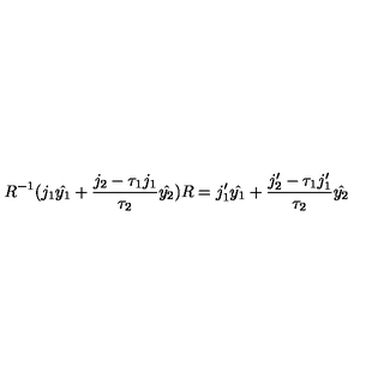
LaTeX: R ^ { - 1 } ( j _ { 1 } \hat { y _ { 1 } } + \frac { j _ { 2 } - \tau _ { 1 } j _ { 1 } } { \tau _ { 2 } } \hat { y _ { 2 } } ) R = j _ { 1 } ^ { \prime } \hat { y _ { 1 } } + \frac { j _ { 2 } ^ { \prime } - \tau _ { 1 } j _ { 1 } ^ { \prime } } { \tau _ { 2 } } \hat { y _ { 2 } }